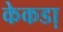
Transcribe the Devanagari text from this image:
केकडा़